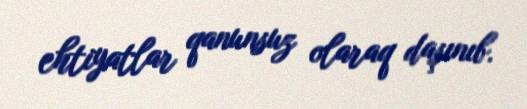
ehtiyatlar qanunsuz olaraq daşınıb.